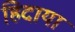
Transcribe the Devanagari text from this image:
हिदाया